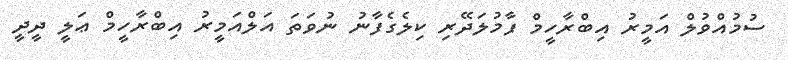
ސުމުއްވުލް އަމީރު އިބްރާހީމް ފާމުލަދޭރި ކިލެގެފާނު ނުވަތަ އަލްއަމީރު އިބްރާހީމް ޢަލީ ދީދީ